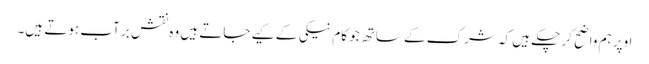
اوپر ہم واضح کر چکے ہیں کہ شرک کے ساتھ جو کام نیکی کے کیے جاتے ہیں وہ نقش بر آب ہوتے ہیں۔